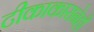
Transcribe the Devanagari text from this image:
टीकाकारानेही